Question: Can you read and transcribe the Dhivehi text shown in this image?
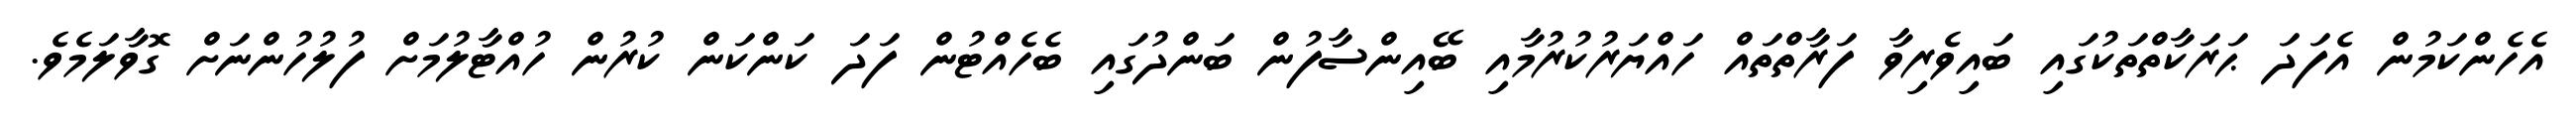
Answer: އެހެންކަމުން އެފަދަ ޙަރަކާތްތަކުގައި ބައިވެރިވާ ފަރާތްތައް ހައްޔަރުކުރުމާއި ބޭއިންސާފުން ބަންދުގައި ބެހެއްޓުން ފަދަ ކަންކަން ކުރުން ހުއްޓާލުމަށް ފުލުހުންނަށް ގޮވާލަމެވެ.